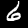
Digit: 6